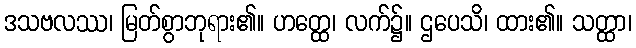
ဒသဗလဿ၊ မြတ်စွာဘုရား၏။ ဟတ္ထေ၊ လက်၌။ ဌပေသိ၊ ထား၏။ သတ္ထာ၊